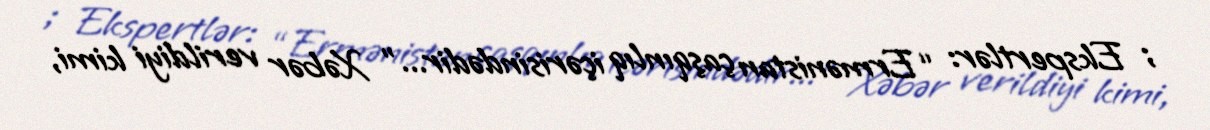
; Ekspertlər: “Ermənistan çaşqınlıq içərisindədir...” Xəbər verildiyi kimi,